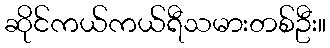
ဆိုင်ကယ်ကယ်ရီသမားတစ်ဦး။